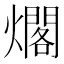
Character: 𰟫